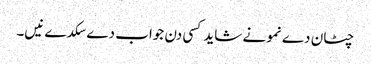
چٹان دے نمونے شاید کسی دن جواب دے سکدے نیں۔